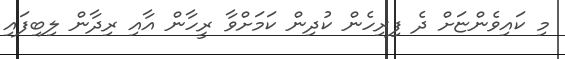
މި ކައިވެންޏަށް ދެ ފިރިހެން ކުދިން ކަމަށްވާ ރީހާން އާއި ރިދާން ލިބިފައި